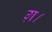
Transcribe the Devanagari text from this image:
ग़।